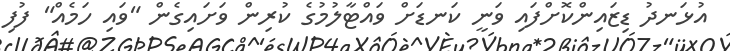
އުޅަނދު ޑިޒައިންކޮށްފައި ވަނީ ކަނޑަށް ވައްޓާލުމުގެ ކުރިން ވަށައިގެން "ވައި ހަމެއް" ފުފި